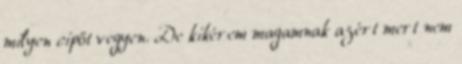
milyen cipőt vegyen. De kikérem magamnak azért mert nem